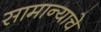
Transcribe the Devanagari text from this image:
सामान्याचे